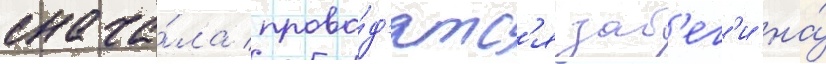
снача́ла прово́д'ятс'я заб'ег'и на́